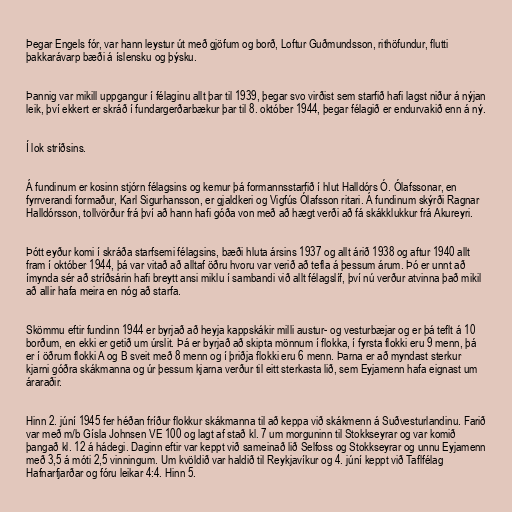
Þegar Engels fór, var hann leystur út með gjöfum og borð, Loftur Guðmundsson, rithöfundur, flutti
þakkarávarp bæði á íslensku og þýsku.

Þannig var mikill uppgangur í félaginu allt þar til 1939, þegar svo virðist sem starfið hafi lagst niður á nýjan
leik, því ekkert er skráð í fundargerðarbækur þar til 8. október 1944, þegar félagið er endurvakið enn á ný.

Í lok stríðsins.

Á fundinum er kosinn stjórn félagsins og kemur þá formannsstarfið í hlut Halldórs Ó. Ólafssonar, en
fyrrverandi formaður, Karl Sigurhansson, er gjaldkeri og Vigfús Ólafsson ritari. Á fundinum skýrði Ragnar
Halldórsson, tollvörður frá því að hann hafi góða von með að hægt verði að fá skákklukkur frá Akureyri.

Þótt eyður komi í skráða starfsemi félagsins, bæði hluta ársins 1937 og allt árið 1938 og aftur 1940 allt
fram í október 1944, þá var vitað að alltaf öðru hvoru var verið að tefla á þessum árum. Þó er unnt að
ímynda sér að stríðsárin hafi breytt ansi miklu í sambandi við allt félagslíf, því nú verður atvinna það mikil
að allir hafa meira en nóg að starfa.

Skömmu eftir fundinn 1944 er byrjað að heyja kappskákir milli austur- og vesturbæjar og er þá teflt á 10
borðum, en ekki er getið um úrslit. Þá er byrjað að skipta mönnum í flokka, í fyrsta flokki eru 9 menn, þá
er í öðrum flokki A og B sveit með 8 menn og í þriðja flokki eru 6 menn. Þarna er að myndast sterkur
kjarni góðra skákmanna og úr þessum kjarna verður til eitt sterkasta lið, sem Eyjamenn hafa eignast um
áraraðir.

Hinn 2. júní 1945 fer héðan fríður flokkur skákmanna til að keppa við skákmenn á Suðvesturlandinu. Farið
var með m/b Gísla Johnsen VE 100 og lagt af stað kl. 7 um morguninn til Stokkseyrar og var komið
þangað kl. 12 á hádegi. Daginn eftir var keppt við sameinað lið Selfoss og Stokkseyrar og unnu Eyjamenn
með 3,5 á móti 2,5 vinningum. Um kvöldið var haldið til Reykjavíkur og 4. júní keppt við Taflfélag
Hafnarfjarðar og fóru leikar 4:4. Hinn 5.